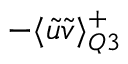
- \textlangle \Tilde { u } \Tilde { v } \textrangle _ { Q 3 } ^ { + }